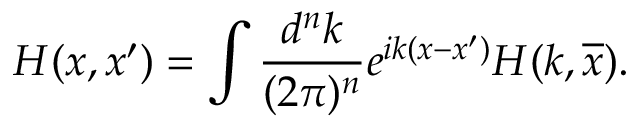
H ( x , x ^ { \prime } ) = \int \frac { d ^ { n } k } { ( 2 \pi ) ^ { n } } e ^ { i k ( x - x ^ { \prime } ) } H ( k , \overline { { x } } ) .